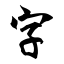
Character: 字